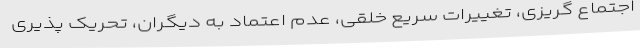
اجتماع گریزی، تغییرات سریع خلقی، عدم اعتماد به دیگران، تحریک پذیری